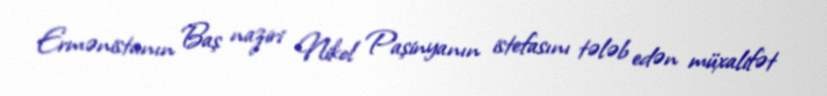
Ermənistanın Baş naziri Nikol Paşinyanın istefasını tələb edən müxalifət